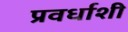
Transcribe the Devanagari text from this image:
प्रवर्धाशी